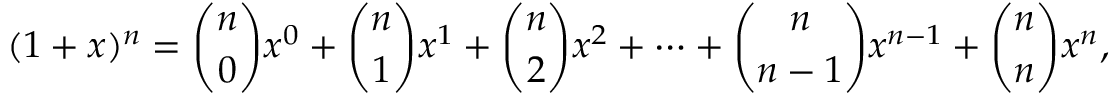
( 1 + x ) ^ { n } = { \binom { n } { 0 } } x ^ { 0 } + { \binom { n } { 1 } } x ^ { 1 } + { \binom { n } { 2 } } x ^ { 2 } + \cdots + { \binom { n } { n - 1 } } x ^ { n - 1 } + { \binom { n } { n } } x ^ { n } ,